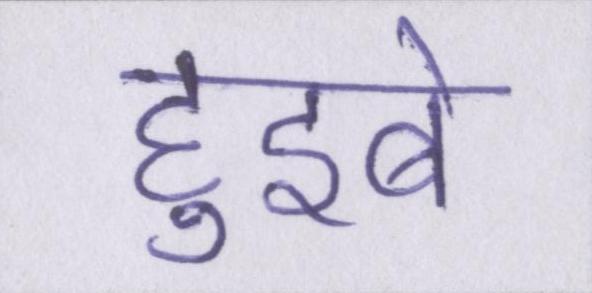
हुइबे